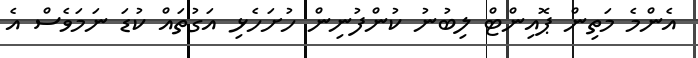
އެންމެ މަތިން ޕޮއިންޓް ލިބުނު ކުންފުނިން ހުށަހެޅި އަގުތައް ކުޑަ ނަމަވެސް އެ